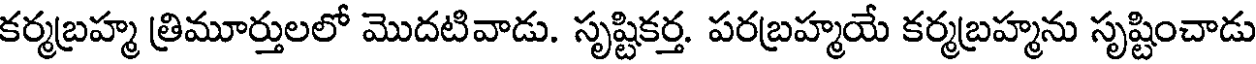
కర్మబ్రహ్మ త్రిమూర్తులలో మొదటివాడు. సృష్టికర్త. పరబ్రహ్మయే కర్మబ్రహ్మను సృష్టించాడు